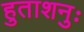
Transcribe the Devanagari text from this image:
हुताशनुः